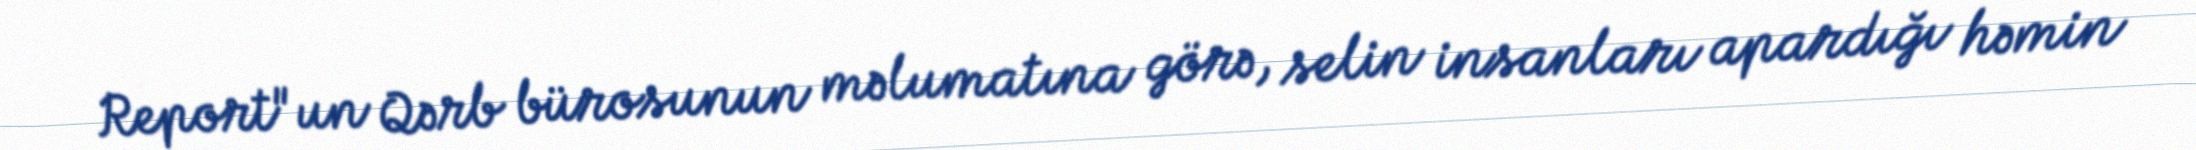
Report"un Qərb bürosunun məlumatına görə, selin insanları apardığı həmin